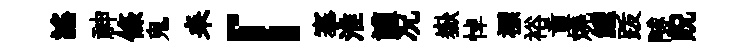
謡神條鬼耒「搴淮讙况嶽悼褾裕貢燒鯉䟦隧貺